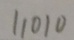
1 1 0 1 0